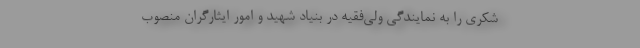
شکری را به نمایندگی ولی‌فقیه در بنیاد شهید و امور ایثارگران منصوب